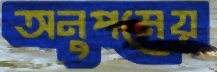
অনুপমেয়